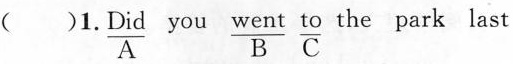
( )1. \underset{A}{\underline{Did}} you \underset{B}{\underline{went}} \underset{C}{\underline{to}} the park last